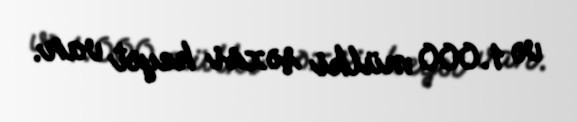
və 1.000 mülki şəxsi heyət var.